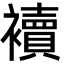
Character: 襩